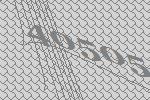
40505